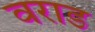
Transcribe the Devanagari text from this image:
वराड